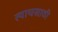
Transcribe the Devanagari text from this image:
त्याचसाठी